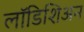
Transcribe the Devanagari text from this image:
लॉडिशिअन